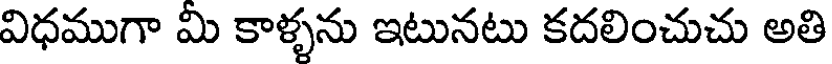
విధముగా మి కాళ్ళను ఇటునటు కదలించుచు అతి